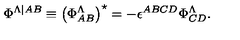
\Phi ^ { \Lambda \vert { A B } } \equiv \left( \Phi _ { A B } ^ { \Lambda } \right) ^ { \star } = - \epsilon ^ { A B C D } \Phi _ { C D } ^ { \Lambda } .